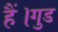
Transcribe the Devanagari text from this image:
हैं।गुड